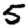
Digit: 5